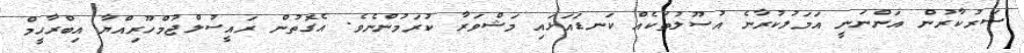
ސަރުކާރުން އަންނަނީ އަމަލުކުރާނެ އުސޫލުތަކެއް ކަނޑައަޅައި މަޝްވަރާ ކުރަމުންނެވެ. އެގޮތުން ރައީސުލްޖުމްހޫރިއްޔާ އިބްރާހީމް